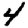
Digit: 4